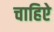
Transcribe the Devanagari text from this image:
चाहिऐ